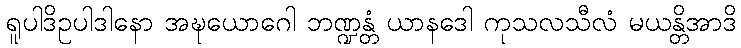
ရူပါဒိဥပါဒါနော အဍ္ဎယောဂေါ ဘဏ္ဍန္တံ ယာနဒေါ ကုသလသီလံ မယန္တိအာဒိ